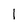
Character: 1